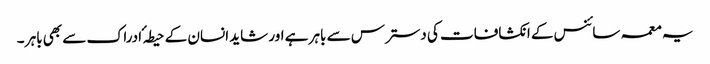
یہ معمہ سائنس کے انکشافات کی دسترس سے باہر ہے اور شاید انسان کے حیطہ ٴ ادراک سے بھی باہر ۔